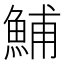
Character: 鯆